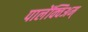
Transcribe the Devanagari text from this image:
पालेंक्विअम्‌